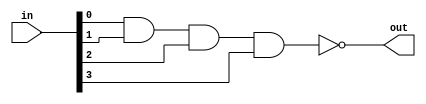
`timescale 1ns / 1ps
//////////////////////////////////////////////////////////////////////////////////
// Company: 
// 
// Design Name: N-bit input NAND Gate
// Module Name: Nbit_NAND
// Project Name: NAND Gate
// Target Devices:
// Tool Versions: Vivado 2020.2.2
// Description: 
// 
// Dependencies: 
// 
// Revision:
// Revision 0.01 - File Created
// Additional Comments:
// 
//////////////////////////////////////////////////////////////////////////////////


module Nbit_NAND #(parameter size = 4)(
    out,
    in
    );
    
    output out;
    input [size-1:0]in;
    
    wire [size-2:0]tmp;
    
    assign out = ~tmp[size-2];
    
    genvar i;
    generate
        for(i=0; i<size-1; i=i+1)
        begin
            if(i==0)
                assign tmp[i] = in[i] & in[i+1];
            else
                assign tmp[i] = tmp[i-1] & in[i+1];
        end
    endgenerate
endmodule